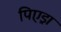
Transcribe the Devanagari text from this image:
पिएड्रा